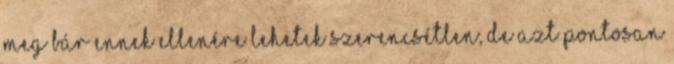
meg bár ennek ellenére lehetek szerencsétlen, de azt pontosan